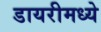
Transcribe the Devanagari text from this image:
डायरीमध्ये